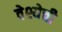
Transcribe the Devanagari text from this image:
वेश्येची